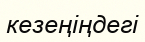
кезеңіңдегі